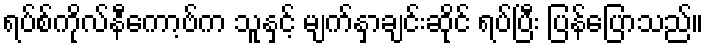
ရပ်စ်ကိုလ်နီကော့ဗ်က သူနှင့် မျက်နှာချင်းဆိုင် ရပ်ပြီး ပြန်ပြောသည်။